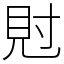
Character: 䙸